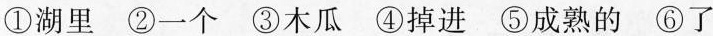
①湖里 ②一个 ③木瓜 ④掉进 ⑤成熟的 ⑥了